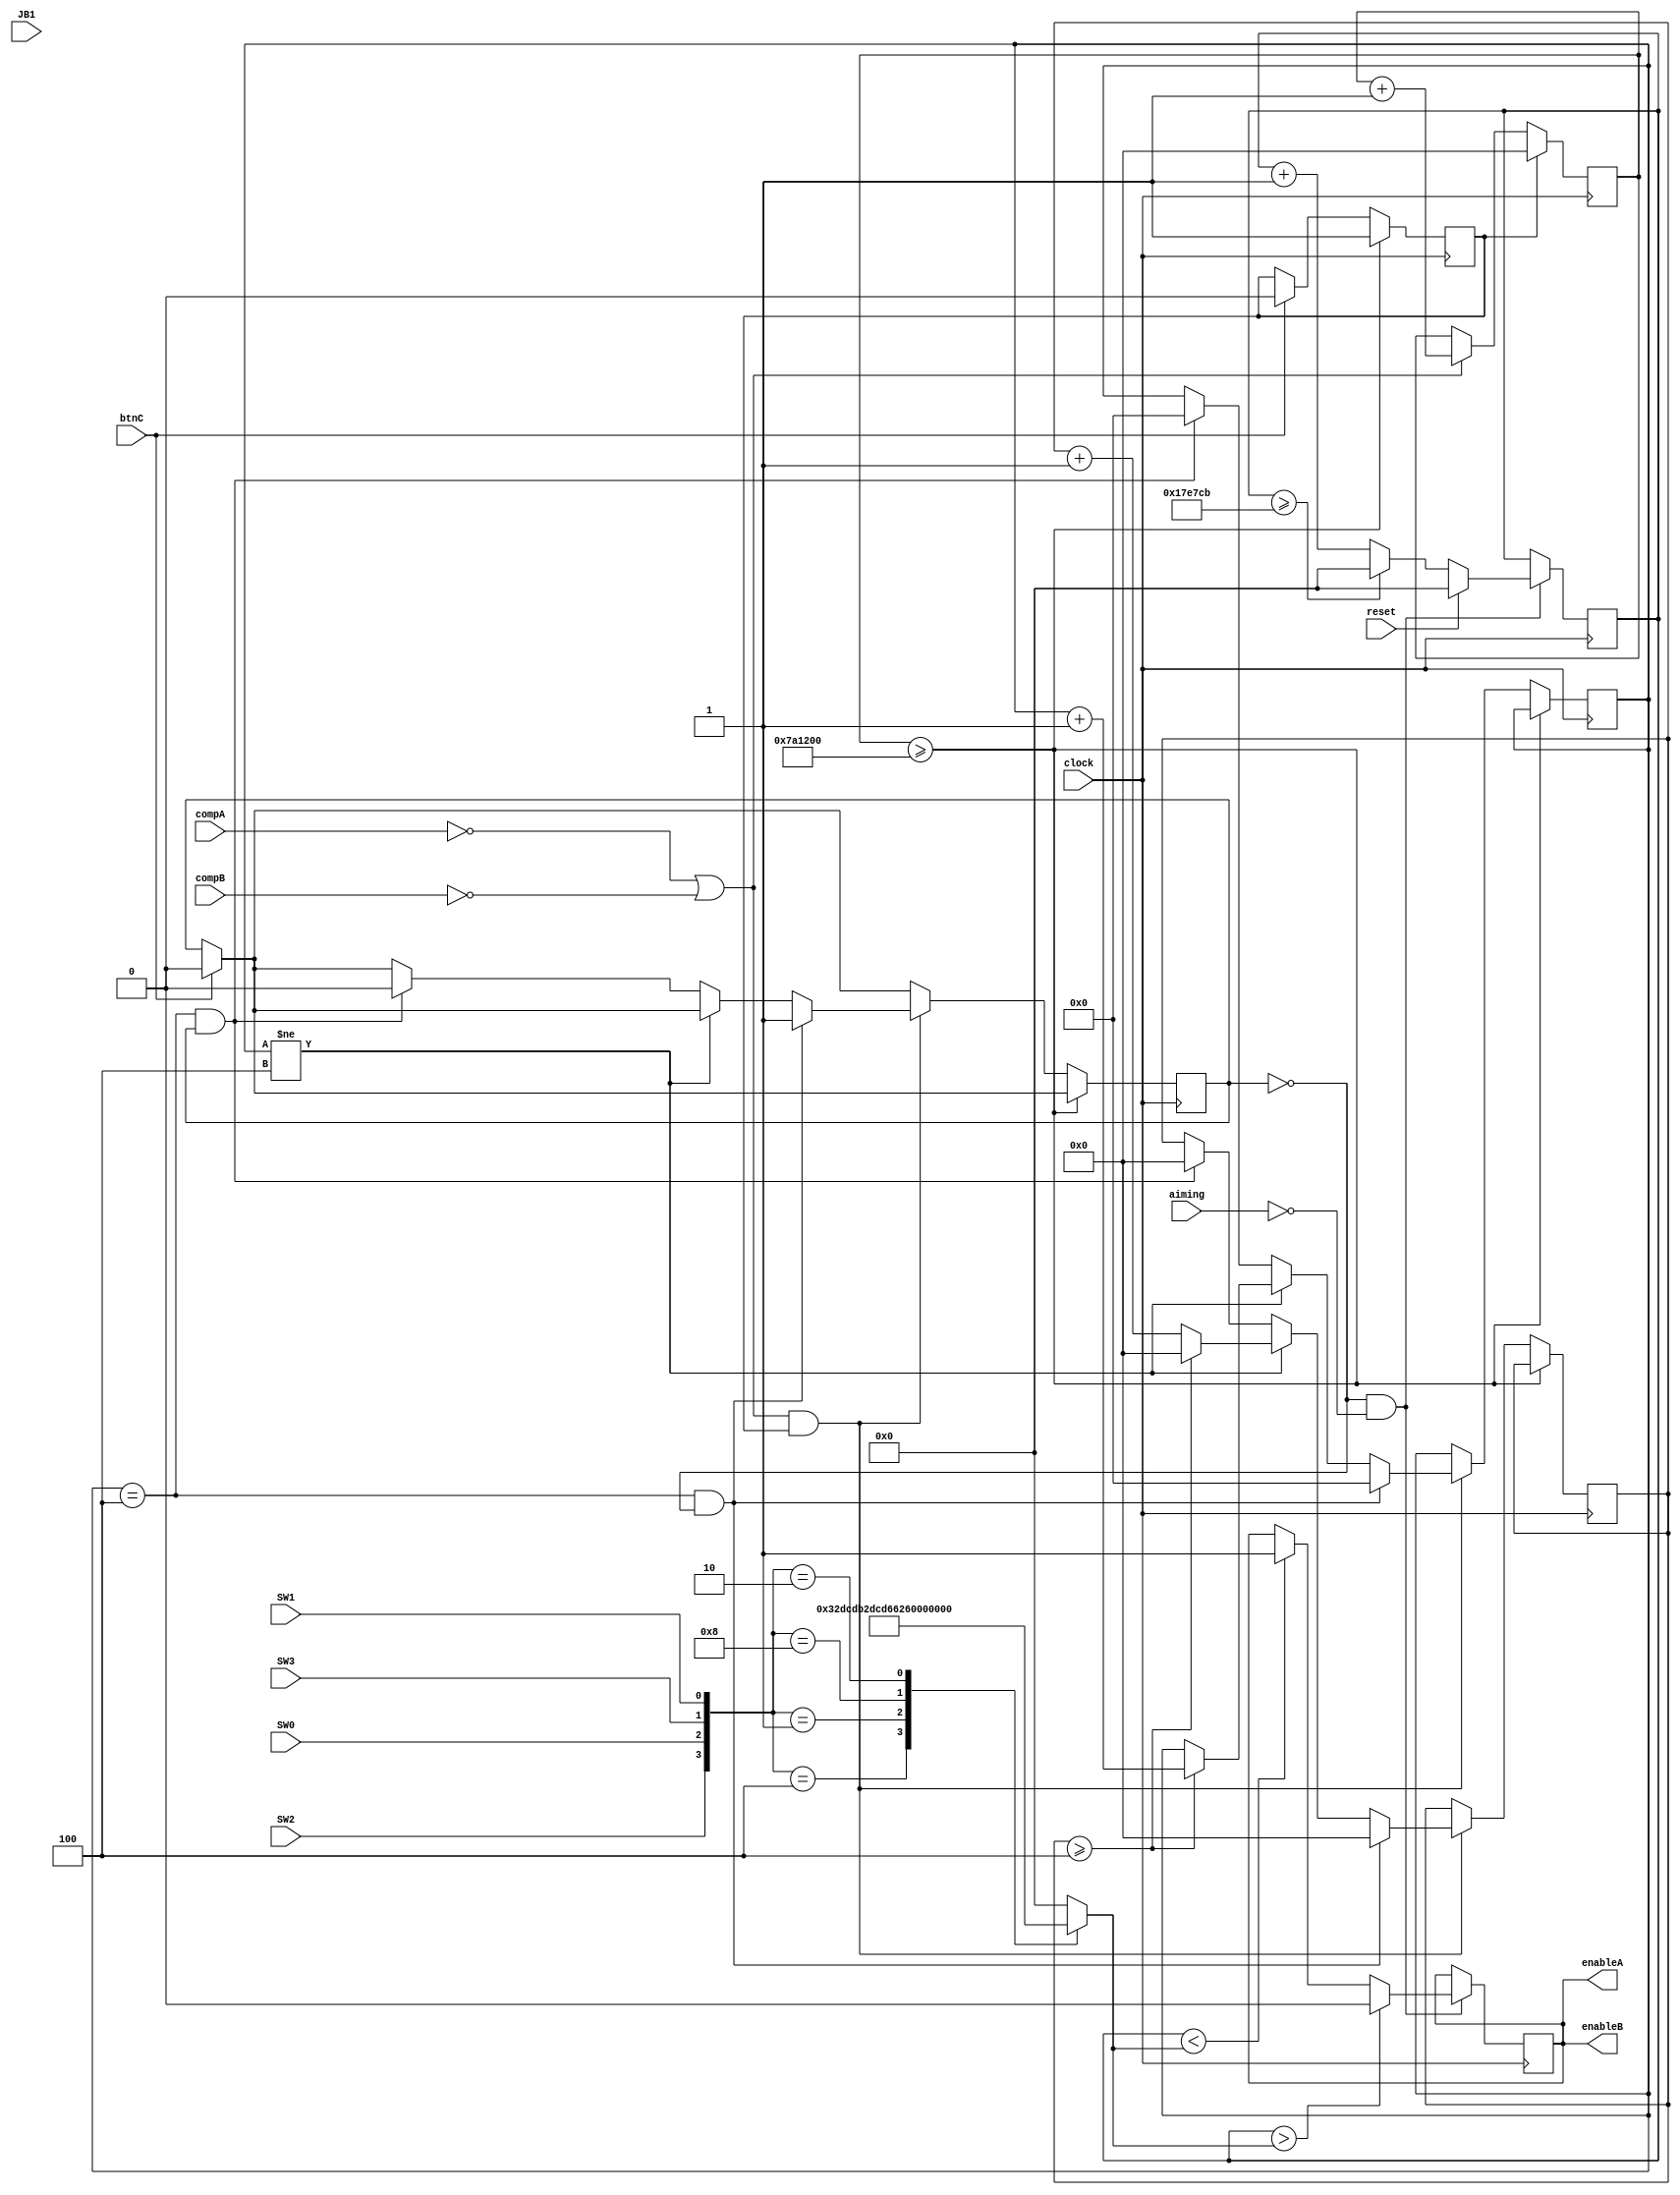
`timescale 1ns / 1ps


module Pico_PWM(
    input clock,
    input reset, btnC,
    input SW0,SW1,SW2,SW3, compA, compB, JB1, aiming,
    output enableA, enableB
);
    reg temp_PWM;
    reg [20:0] counter;
    reg [20:0] speed;
    reg [32:0] bufferCounter_clock, surge_clock;
    reg [5:0] bufferCounter;
    reg compBuffer, stop;

    initial begin
        //speed and direction
        counter = 0;
        speed =0;
        temp_PWM = 0;
        compBuffer = 0;
        bufferCounter = 4;
        stop = 0;
        surge_clock = 0;
    end

    always@(posedge clock) begin // updates during every rising edge of the clock
    if (btnC) begin
    stop <= 0;
    compBuffer <= 0;
    end
    
        if(stop == 0) begin
            if (!compA || !compB)
            surge_clock <= surge_clock + 1;
            end
        else begin
        surge_clock <= 0;
        end
        if (surge_clock >= 8000000)
        stop <= 1;
        
    
       else if ((!compA || !compB) && stop) begin     // if either motor triggers overcurrent protection

            if (bufferCounter == 4 && !compBuffer) begin      // if the counter has finished (or has just been initialized) and the buffer flag is not set --> begin
            compBuffer <= 1;             // enable the buffer flag; 
            bufferCounter <= 0;          // reset the higher-level precision counter;
           // temp_PWM <= 0;
            bufferCounter_clock <= 0;    // reset the lower-level clock counter;
            end
            
            else if (bufferCounter != 4) begin       // change bufferCounter for easier buffer time control. change between "if" or "while" if error
                bufferCounter_clock <= bufferCounter_clock + 1;     // try a blocking statement here if needed
                if (bufferCounter_clock >= 4) begin       // arbitrary large number
                    bufferCounter_clock <= 0;                   // reset large number
                    bufferCounter <= bufferCounter + 1;         // increment precision counter
                end
            end

           else if(bufferCounter == 4 && compBuffer) begin      // once the buffer is finished
                bufferCounter_clock <= 0;       // reset the buffer clock (extraneous, use for debugging)
                bufferCounter <= 0;         // reset the buffer precision counter (extraneous, use for debugging)
                compBuffer <= 0;        // disable the buffer flag
            end

        end
         if (!compBuffer && !aiming) begin     // if the buffer flag is not enabled
            if(reset)
                counter <= 0;
            else if (counter >= 1566667)    // code to control PWM cycle based on switch cases
                counter <= 0;
            else
                counter <= counter + 1;
            if(counter < speed)
                temp_PWM <= 1;
            
            if (counter > speed)
                temp_PWM <= 0;  
        end
    end

    always @ (*) begin
        case({SW2,SW0,SW3,SW1})

            4'b0100: speed = 21'd416667; // 25%
            4'b0001: speed = 21'd833333; // 50% 
            4'b1000: speed = 21'd1250000; // 75%
            4'b0010: speed = 21'd1566667; // 94%
            default : speed= 21'd0;
        endcase
    end


    assign enableA = temp_PWM;
    assign enableB = temp_PWM;
endmodule